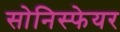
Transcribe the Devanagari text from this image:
सोनिस्फेयर